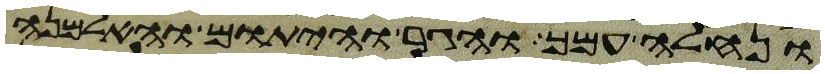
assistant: ונחלה עמך והגר והיתום והאלמנה